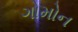
ગોમોન